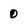
Character: 0